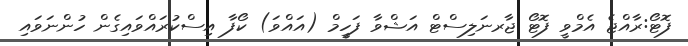
ފޮޓޯ:ރާއްޖެ އެމްވީ ފޮޓޯ ޖާރނަލިސްޓް އަޝްވާ ފަހީމް (އައްވަ) ކޯފާ އިސްކުރައްވައިގެން ހުންނަވައި